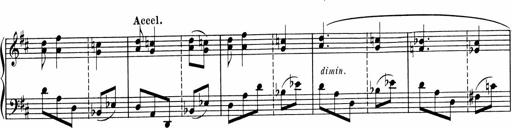
Title: Sonatine pour piano
Composer: Albert Roussel